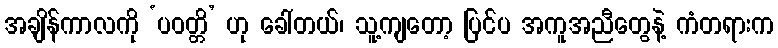
အချိန်ကာလကို ‘ပဝတ္တိ’ ဟု ခေါ်တယ်၊ သူ့ကျတော့ ပြင်ပ အကူအညီတွေနဲ့ ကံတရားက